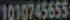
1010745655